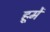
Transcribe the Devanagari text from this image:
हूमें